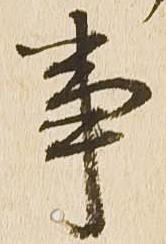
事